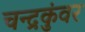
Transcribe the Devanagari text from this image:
चन्द्रकुंवर